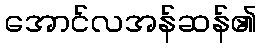
အောင်လအန်ဆန်၏